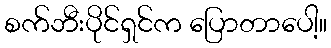
စက်ဘီးပိုင်ရှင်က ပြောတာပေါ့။